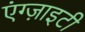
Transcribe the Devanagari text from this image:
एंग्ज़ाइटी